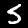
Digit: 5